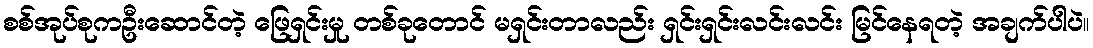
စစ်အုပ်စုကဦးဆောင်တဲ့ ဖြေရှင်းမှု တစ်ခုတောင် မရှင်းတာလည်း ရှင်းရှင်းလင်းလင်း မြင်နေရတဲ့ အချက်ပါပဲ။